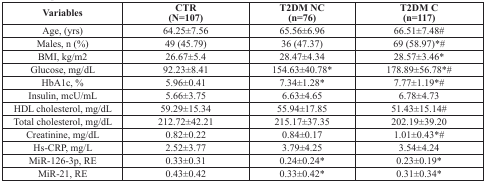
| Variables | CTR(N=107) | T2DM NC(n=76) | T2DM C(n=117) |
 | --- | --- | --- | --- |
 | Age, (yrs) | 64.25±7.56 | 65.56±6.96 | 66.51±7.48# |
 | Males, n (%) | 49 (45.79) | 36 (47.37) | 69 (58.97)*# |
 | BMI, kg/m2 | 26.67±5.4 | 28.47±4.34 | 28.57±3.46* |
 | Glucose, mg/dL | 92.23±8.41 | 154.63±40.78* | 178.89±56.78*# |
 | HbA1c, % | 5.96±0.41 | 7.34±1.28* | 7.77±1.19*# |
 | Insulin, mcU/mL | 5.66±3.75 | 6.63±4.65 | 6.78±4.73 |
 | HDL cholesterol, mg/dL | 59.29±15.34 | 55.94±17.85 | 51.43±15.14# |
 | Total cholesterol, mg/dL | 212.72±42.21 | 215.17±37.35 | 202.19±39.20 |
 | Creatinine, mg/dL | 0.82±0.22 | 0.84±0.17 | 1.01±0.43*# |
 | Hs-CRP, mg/L | 2.52±3.77 | 3.79±4.25 | 3.54±4.24 |
 | MiR-126-3p, RE | 0.33±0.31 | 0.24±0.24* | 0.23±0.19* |
 | MiR-21, RE | 0.43±0.42 | 0.33±0.42* | 0.31±0.34* |